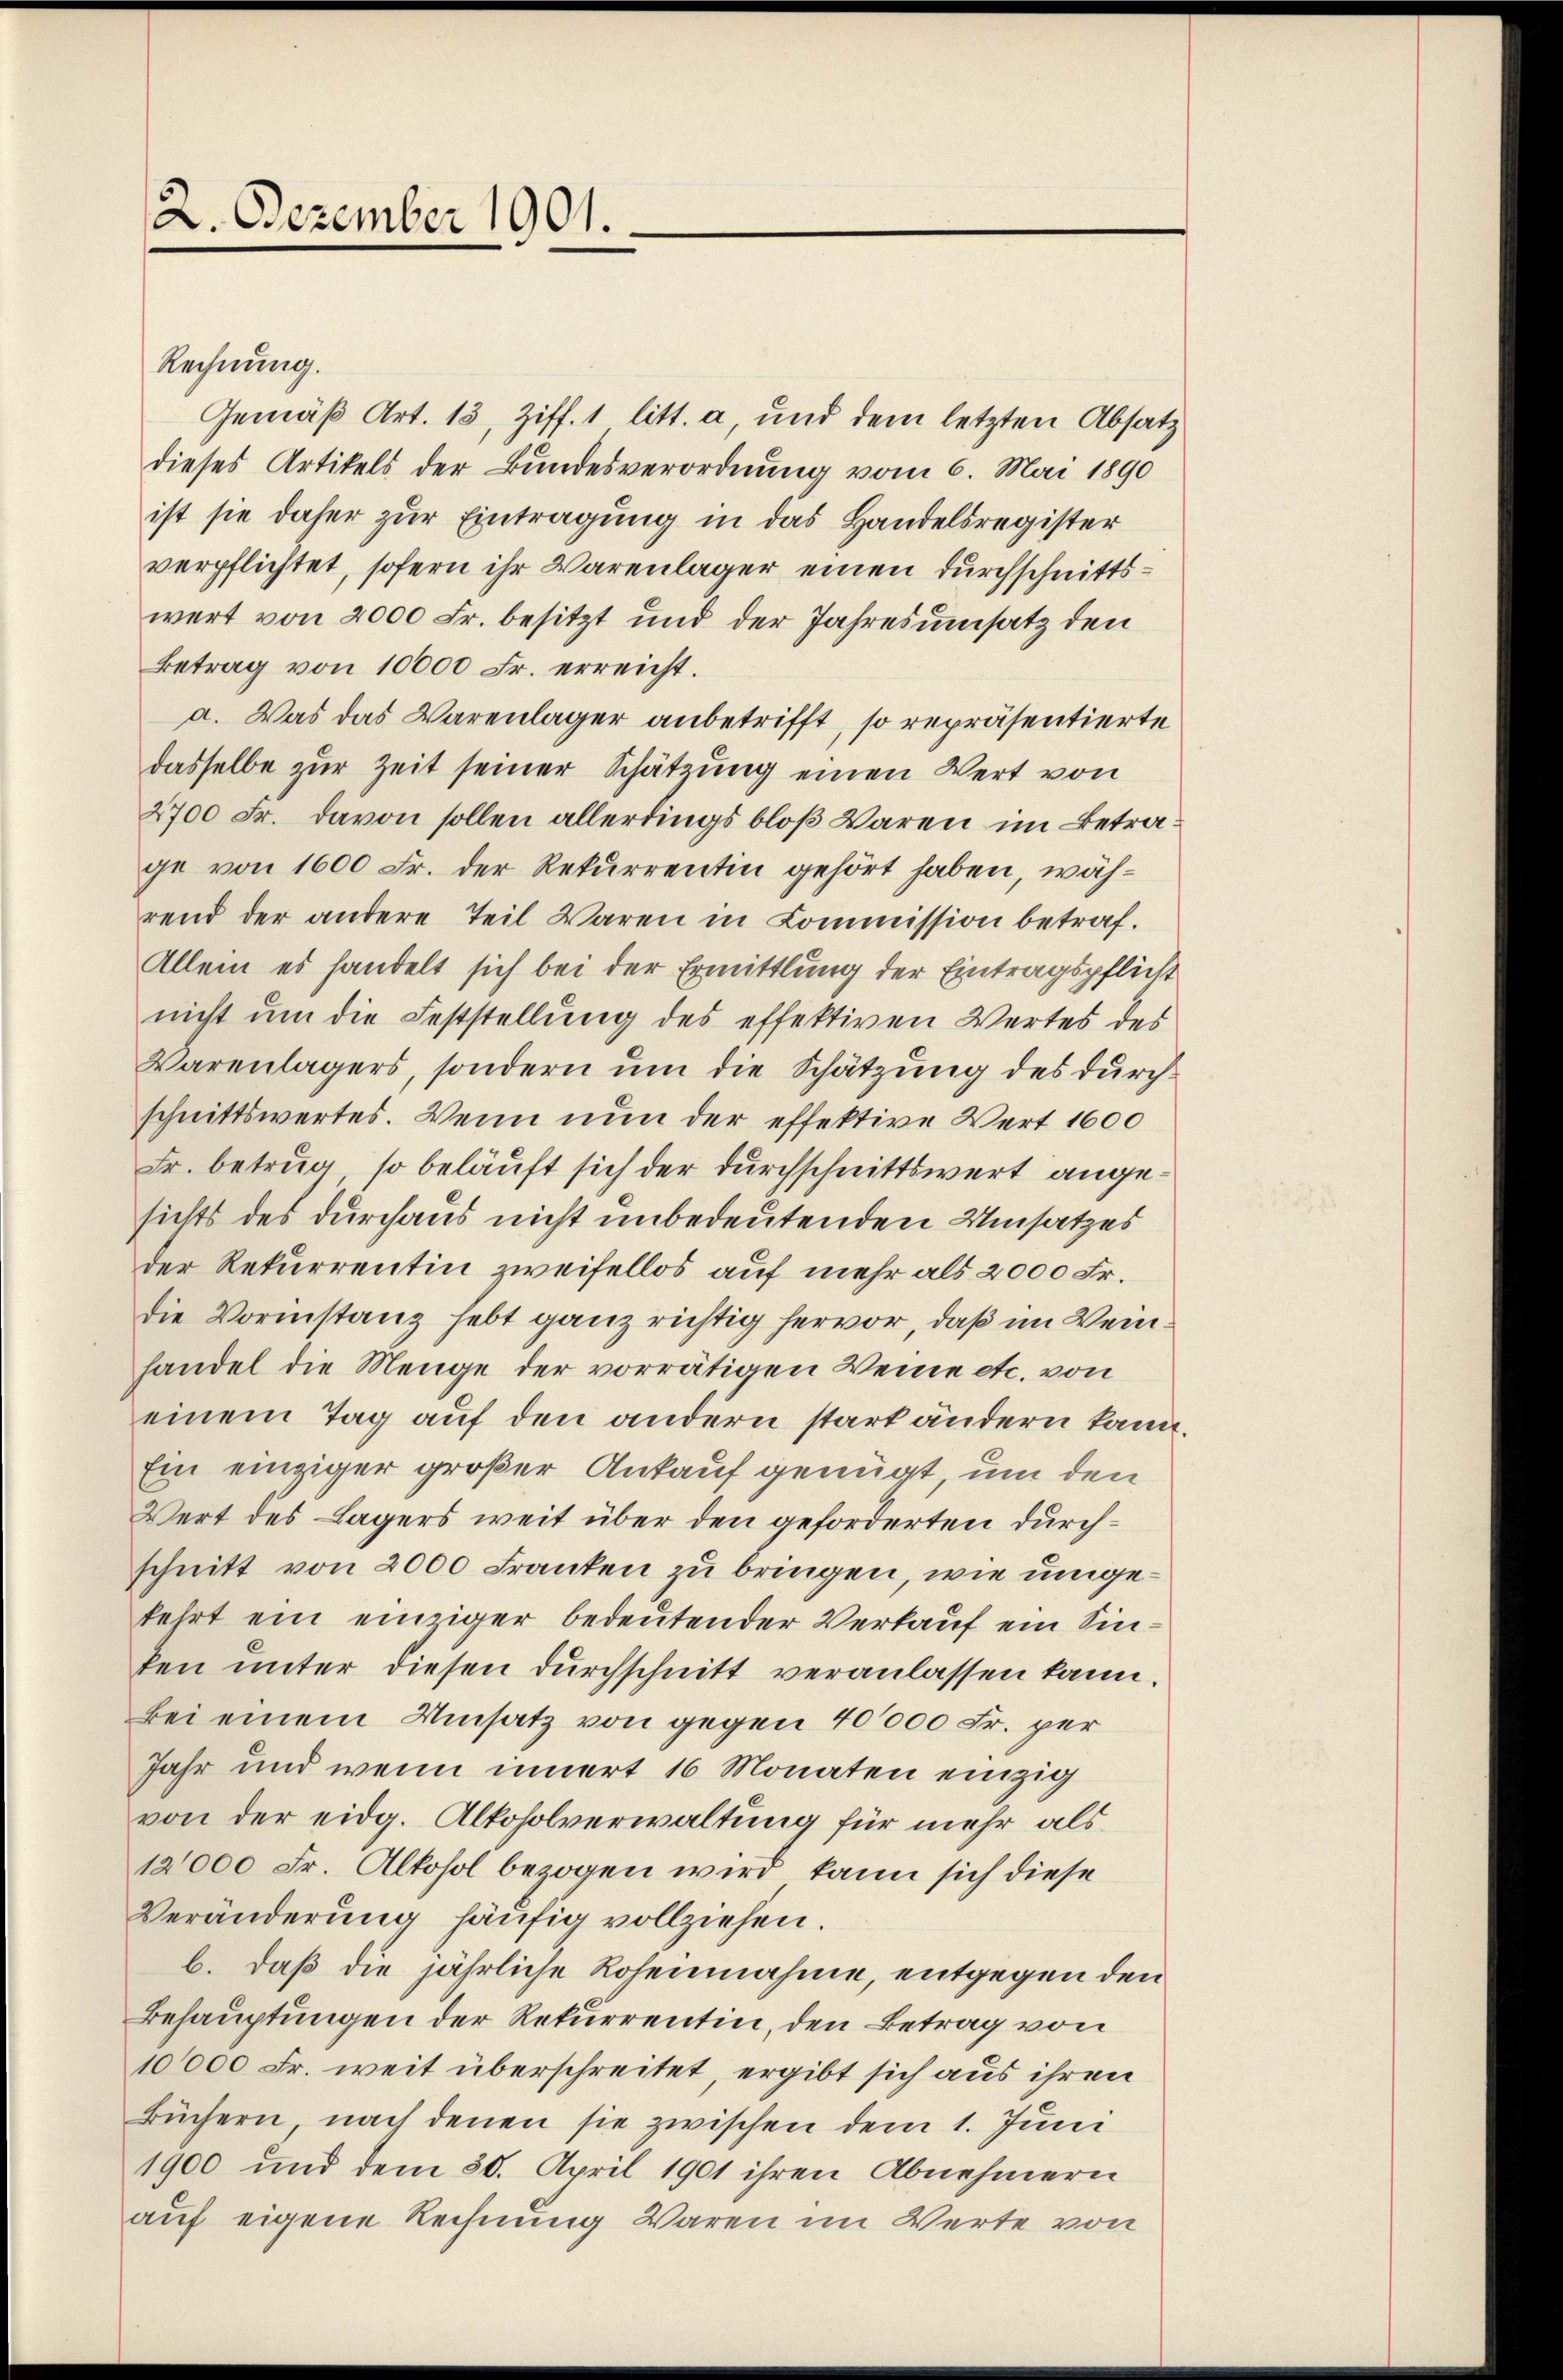
2. Dezember 1901.

Rechnung.
Gemäß Art. 13, Ziff. 1 litt. a, und dem letzten Absatz
dieses Artikels der Bundesverordnung vom 6. Mai 1890
ist sie daher zur Eintragung in das Handelsregister
verpflichtet, sofern ihr Warenlager einen durchschnittswert von 2000 Fr. besitzt und der Jahresumsatz den
Betrag von 10000 Fr. erreicht.
a. Was das Warenlager anbetrifft, so repräsentierte
dasselbe zur Zeit seiner Schätzung einen Wert von
2700 Fr. davon sollen allerdings bloß Waren im Betrage von 1600 Fr. der Rekurrentin gehört haben, während der andere Teil Waren in Commission betraf¬
Allem es handelt sich bei der Ermittlung der Eintragspflicht
nicht um die Feststellung des effektiven Wertes des
Warenlagers, sondern um die Schätzung des durchschnittswertes. Wenn nun der effektive Wert 1600
Fr. betrug, so beläuft sich der durchschnittswert angesichts des durchaus nicht unbedeutenden Umsatzes
der Rekurrentin zweifellos auf mehr als 2000 Fr.
die Vormstanz hebt ganz richtig hervor, daß im Weinhandel die Menge der vorrätigen Weine etc. von
einem Tag auf den andern stark ändern kann.
Ein einziger großer Ankauf genügt, um den
Wert des Lagers weit über den geforderten durchschnitt von 2000 Franken zu bringen, wie umgekehrt ein einziger bedeutender Verkauf ein Sinken unter diesen durchschnitt veranlassen kann.
bei einem Umsatz von gegen 40000 Fr. per
Jahr und wenn innert 16 Monaten einzig
von der eidg. Alkoholverwaltung für mehr als
12000 Fr. Altosol bezogen wird, kann sich diese
Veränderung häufig vollziehen.
b. daß die jährliche Rohennahme, entgegen den
Behauptungen der Rekurrentin, den Betrag von
10000 Fr. weit überschreitet, ergibt sich aus ihren
Büchern, nach denen sie zwischen dem 1. Juni
1900 und dem 30. April 1901 ihren Abnehmern
auf eigene Rechnung Waren im Werte von